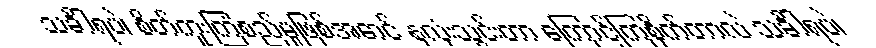
သင်္ခါရပဲ၊ စိတ်ကူးကြံစည်မှုဖြစ်အောင် နှလုံးသွင်းတာ ကြောင့်ကြစိုက်တာလဲ သင်္ခါရပဲ၊